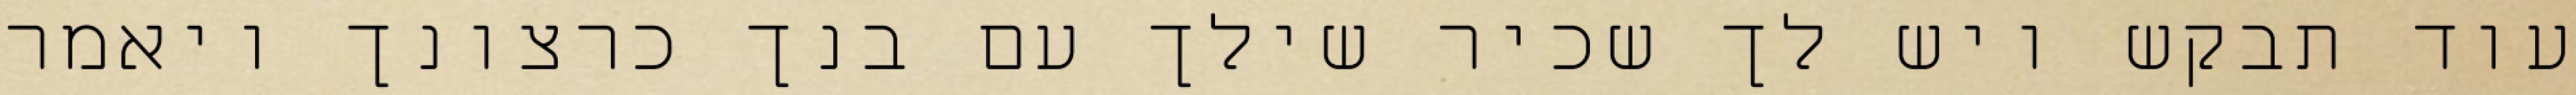
עוד תבקש ויש לך שכיר שילך עם בנך כרצונך ויאמר